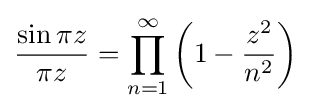
{\frac {\sin \pi z}{\pi z}}=\prod _{n=1}^{\infty }\left(1-{\frac {z^{2}}{n^{2}}}\right)